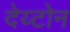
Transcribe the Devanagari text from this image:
देय्टोन